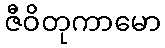
ဇီဝိတုကာမော